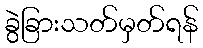
ခွဲခြားသတ်မှတ်ရန်